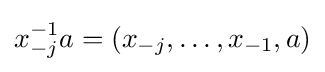
x_{-j}^{-1}a=(x_{-j},\ldots ,x_{-1},a)